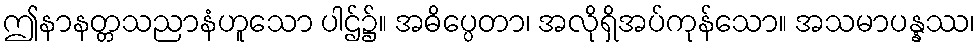
ဤနာနတ္တသညာနံဟူသော ပါဌ်၌။ အဓိပ္ပေတာ၊ အလိုရှိအပ်ကုန်သော။ အသမာပန္နဿ၊